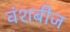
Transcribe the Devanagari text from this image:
वंशबीज